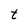
Character: t